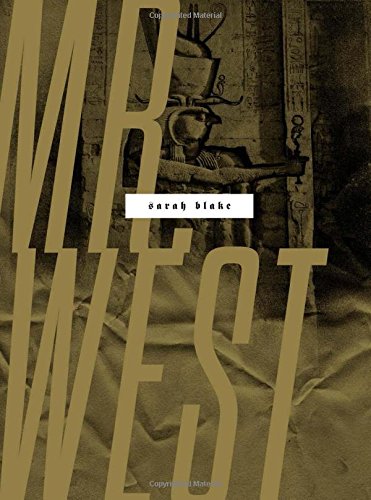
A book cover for Mr. West (Wesleyan Poetry Series); Sarah Blake; Literature & Fiction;